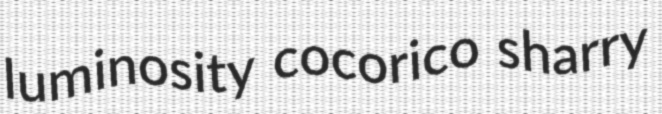
luminosity cocorico sharry